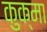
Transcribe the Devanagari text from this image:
कुक्मा